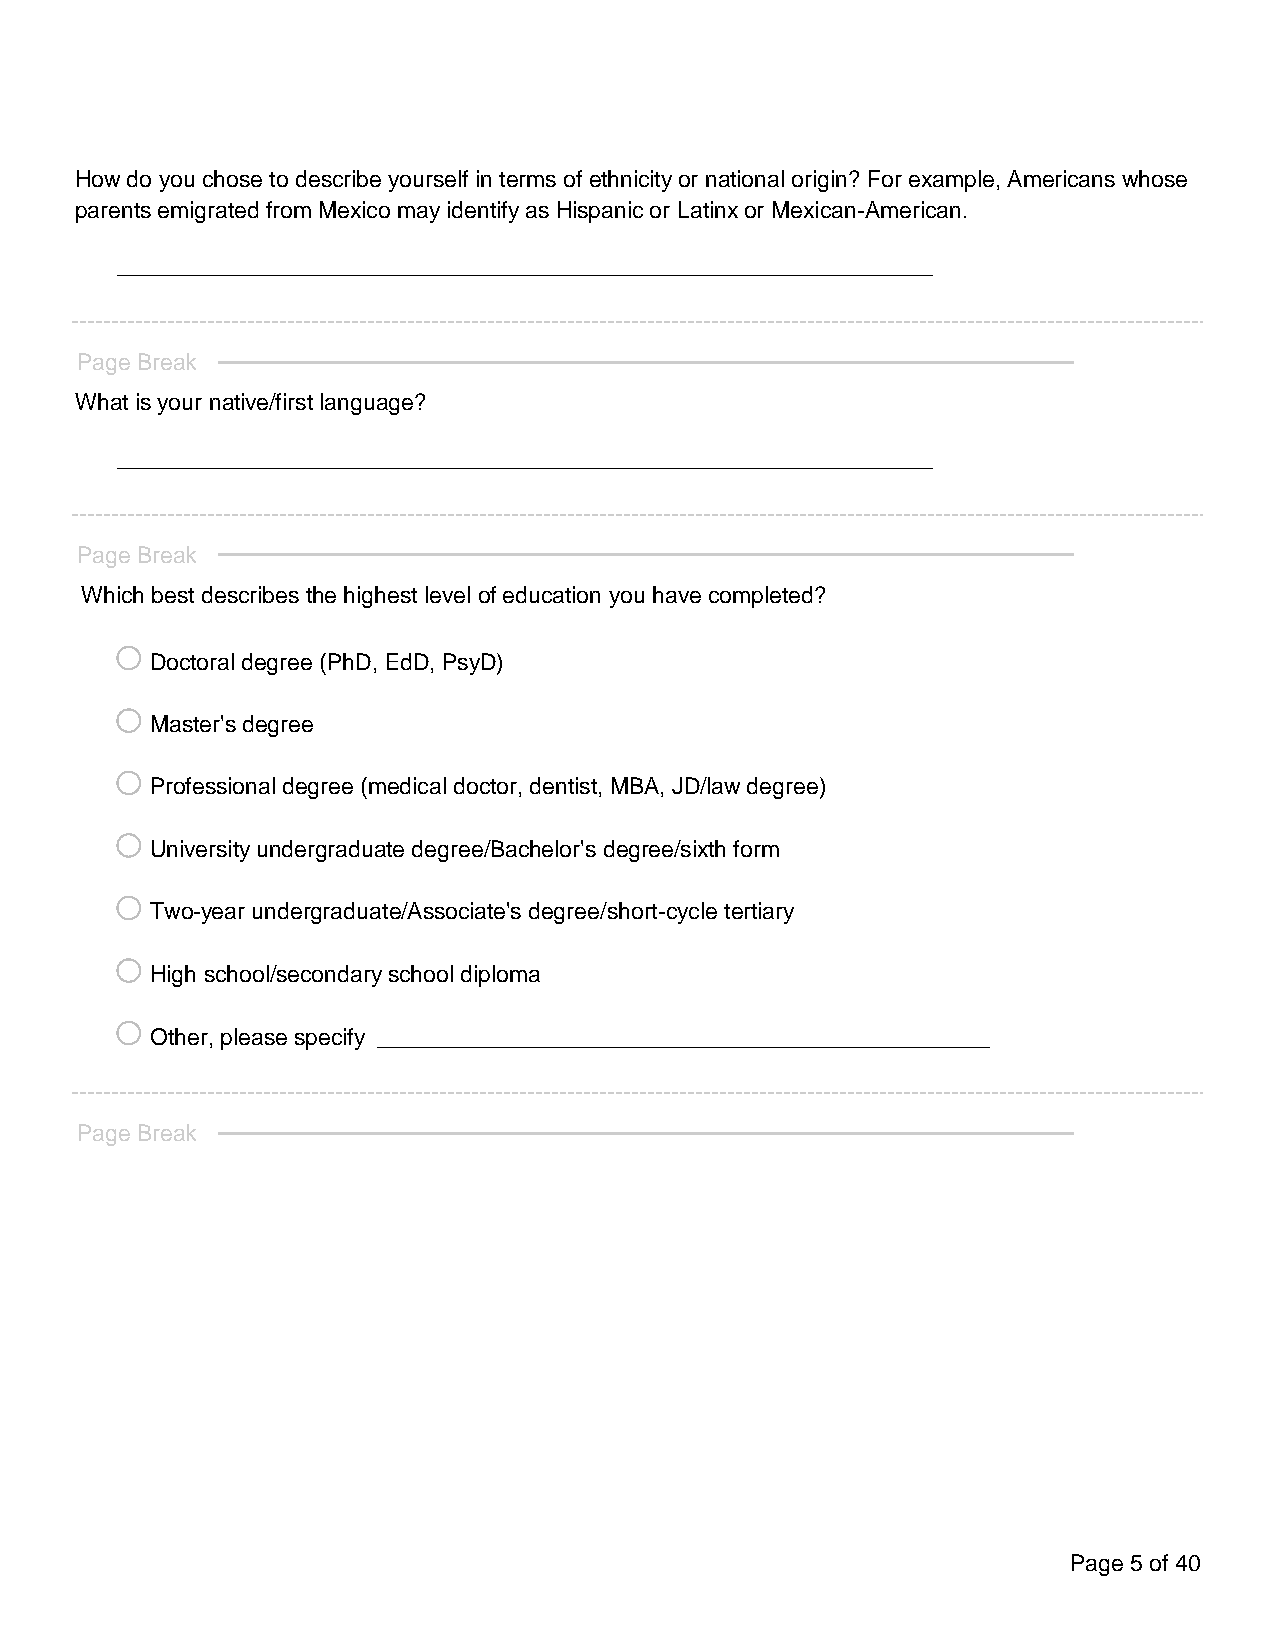
How do you chose to describe yourself in terms of ethnicity or national origin? For example, Americans whose
 parents emigrated from Mexico may identify as Hispanic or Latinx or Mexican-American.
 ________________________________________________________________
 Page Break
 What is your native/first language?
 ________________________________________________________________
 Page Break
 Which best describes the highest level of education you have completed?
 o
 Doctoral degree (PhD, EdD, PsyD)
 o
 Master's degree
 o
 Professional degree (medical doctor, dentist, MBA, JD/law degree)
 o
 University undergraduate degree/Bachelor's degree/sixth form
 o
 Two-year undergraduate/Associate's degree/short-cycle tertiary
 o
 High school/secondary school diploma
 o
 Other, please specify ________________________________________________
 Page Break
 Page 5 of 40